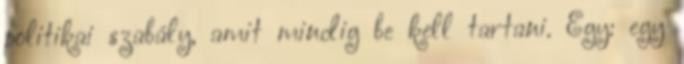
politikai szabály, amit mindig be kell tartani. Egy: egy